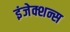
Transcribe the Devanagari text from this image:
इंजेक्शन्स